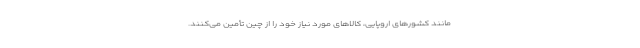
مانند کشورهای اروپایی، کالاهای مورد نیاز خود را از چین تأمین‌ می‌کنند.